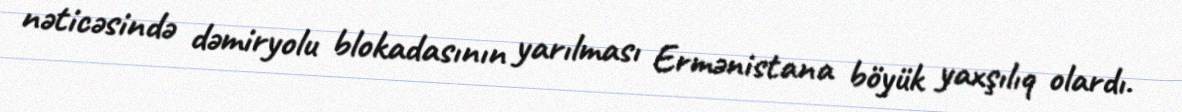
nəticəsində dəmiryolu blokadasının yarılması Ermənistana böyük yaxşılıq olardı.